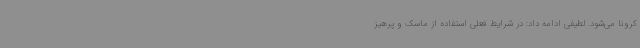
کرونا می‌شود. لطیفی ادامه داد: در شرایط فعلی استفاده از ماسک و پرهیز